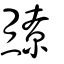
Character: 爒